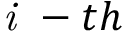
\textit { i } - t h